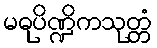
မဓုပိဏ္ဍိကသုတ္တံ